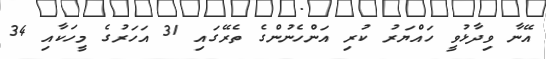
އޭނާ ވިދާޅުވީ ހައްޔަރު ކުރި އަންހެނުންގެ ތެރޭގައި 31 އަހަރުގެ މީހަކާއި 34